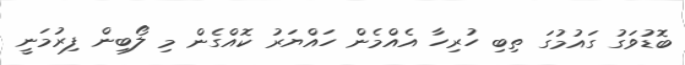
ބޮޑުވަގު ގައުމުގަ ތިބި ހުރިހާ އެއްމެން ހައްޔަރު ކޮއްގެން މި ލޯބިން ފިރުމަނީ